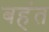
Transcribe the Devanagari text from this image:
बहंत